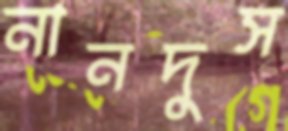
নানদুস